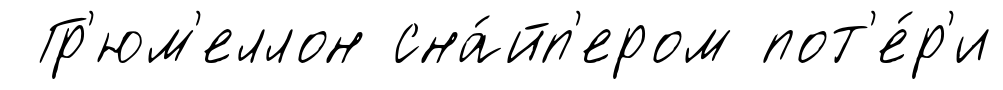
Гр'юм'еллон сна́йп'ером пот'е́р'и